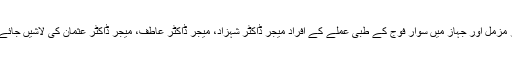
آئی ایس پی آر کے مطابق جہاز کے دونوں پائلٹ میجر ہمایوں، میجر مزمل اور جہاز میں سوار فوج کے طبی عملے کے افراد میجر ڈاکٹر شہزاد، میجر ڈاکٹر عاطف، میجر ڈاکٹر عثمان کی لاشیں جائے وقوعہ سے نکال کر اُن کے آبائی علاقے میں روانہ کر دی گئی ہیں۔